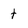
Character: t